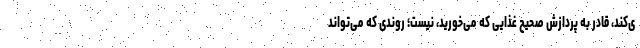
ی‌کند، قادر به پردازش صحیح غذایی که می‌خورید، نیست؛ روندی که می‌تواند